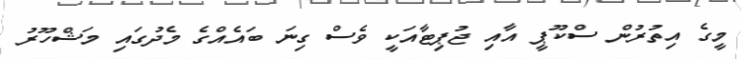
މީގެ އިތުރުން ސްކޫޕީ އާއި ޖުޕިޓާއަކީ ވެސް ގިނަ ބައެއްގެ މެދުގައި މަޝްހޫރު